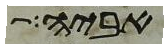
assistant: אביה